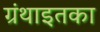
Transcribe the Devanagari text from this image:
ग्रंथाइतका